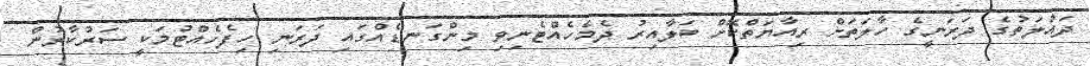
ދައުލަތުގެ ދަރަނީގެ ހާލަތަށް ރިއާޔަތްކޮށް ބަލާއިރު ދެމެހެއްޓެނިވި މިންގަނޑެއްގައި ދަރަނި ހިފެހެއްޓުމަކީ ސަރުކާރުން